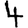
Digit: 4